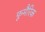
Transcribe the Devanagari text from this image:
फूमैरिक